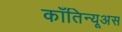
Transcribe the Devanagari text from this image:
काँतिन्यूअस